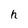
Character: h